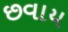
છવાય